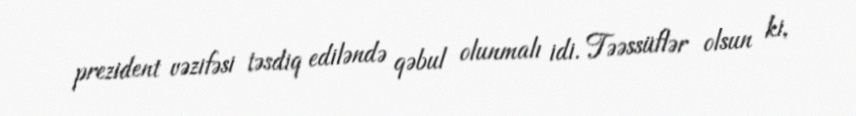
prezident vəzifəsi təsdiq ediləndə qəbul olunmalı idi. Təəssüflər olsun ki,